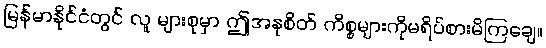
မြန်မာနိုင်ငံတွင် လူ များစုမှာ ဤအနုစိတ် ကိစ္စများကိုမရိပ်စားမိကြချေ။